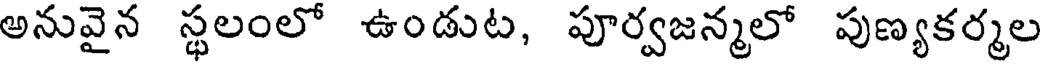
అనువైన స్థలంలో ఉండుట, పూర్వజన్మలో పుణ్యకర్మల